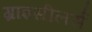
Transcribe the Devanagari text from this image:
ग्राइसीलर्स